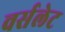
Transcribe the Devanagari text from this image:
वर्सलेट